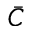
\bar { C }